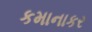
કમાનાકર